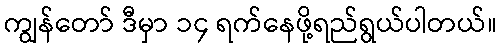
ကျွန်တော် ဒီမှာ ၁၄ ရက်နေဖို့ရည်ရွယ်ပါတယ်။